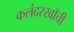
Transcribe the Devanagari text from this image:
कलंदरखाँची